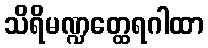
သိရိမဏ္ဍတ္ထေရဂါထာ